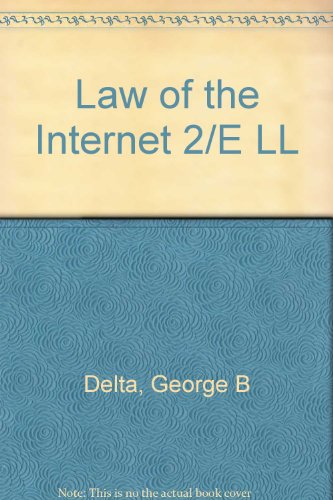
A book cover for Law of the Internet; George B. Delta; Law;